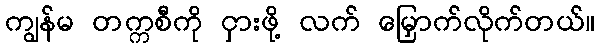
ကျွန်မ တက္ကစီကို ငှားဖို့ လက် မြှောက်လိုက်တယ်။